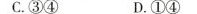
C.③④D.①④